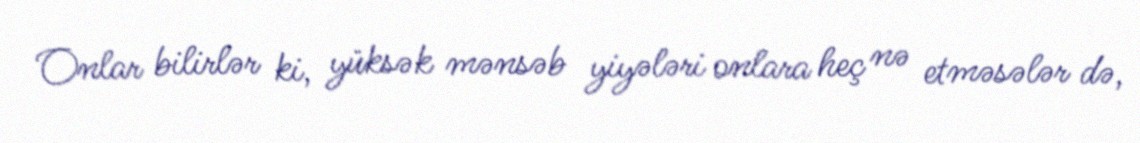
Onlar bilirlər ki, yüksək mənsəb yiyələri onlara heç nə etməsələr də,